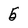
Character: 5